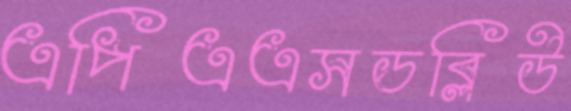
এপিএএসডব্লিউ